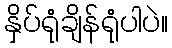
နှိပ်ရုံချိန်ရုံပါပဲ။